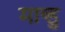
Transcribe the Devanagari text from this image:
मान्डु